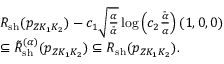
\begin{array} { r l } & { { \cal R } _ { \mathrm { s h } } ( { p _ { Z K _ { 1 } K _ { 2 } } } ) - c _ { 1 } \sqrt { \frac { \alpha } { \bar { \alpha } } } \log \left( c _ { 2 } \frac { \bar { \alpha } } { \alpha } \right) ( 1 , 0 , 0 ) } \\ & { \subseteq \tilde { \cal R } _ { \mathrm { s h } } ^ { ( \alpha ) } ( { p _ { Z K _ { 1 } K _ { 2 } } } ) \subseteq { \cal R } _ { \mathrm { s h } } ( { p _ { Z K _ { 1 } K _ { 2 } } } ) . } \end{array}